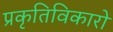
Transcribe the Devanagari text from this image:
प्रकृतिविकारों